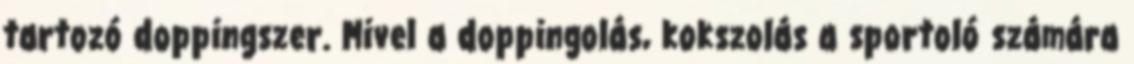
tartozó doppingszer. Mivel a doppingolás, kokszolás a sportoló számára